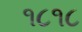
૧૮૧૮